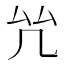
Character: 𠫞